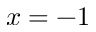
x = - 1